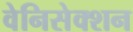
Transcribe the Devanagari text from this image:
वेनिसेक्शन